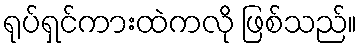
ရုပ်ရှင်ကားထဲကလို ဖြစ်သည်။